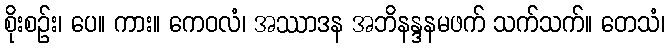
စိုးစဉ်း၊ ပေ။ ကား။ ကေဝလံ၊ အဿာဒန အဘိနန္ဒနမဖက် သက်သက်။ တေသံ၊